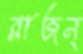
রাজন্‌